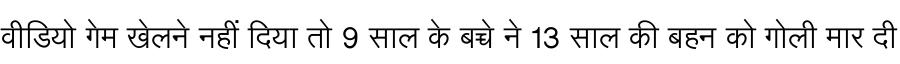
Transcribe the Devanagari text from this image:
वीडियो गेम खेलने नहीं दिया तो 9 साल के बच्चे ने 13 साल की बहन को गोली मार दी